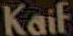
Kaif